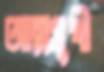
আত্মমুখী